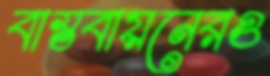
বাস্তবায়নেরও